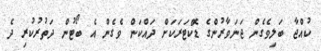
ކުއްޖާ ބަލިވެގެން ޖަނަވާރުންގެ ޑޮކްޓަރަކަށް ދައްކަން ވެގެން އެ ބޯޓުން ދަތުރުކުރި ދެ